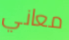
معاني